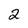
Character: 2